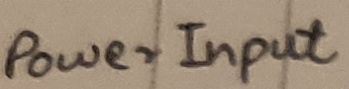
Text: Power Input